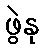
ဖွဲနု